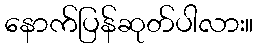
နောက်ပြန်ဆုတ်ပါလား။